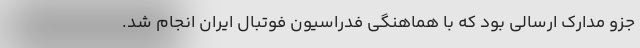
جزو مدارک ارسالی بود که با هماهنگی فدراسیون فوتبال ایران انجام شد.